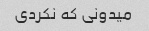
میدونی که نکردی